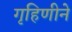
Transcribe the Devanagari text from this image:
गृहिणीने